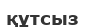
құтсыз